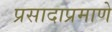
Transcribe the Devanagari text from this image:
प्रसादाप्रमाणे